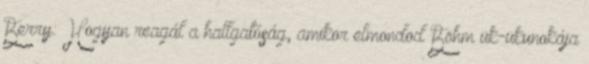
Berry: Hogyan reagál a hallgatóság, amikor elmondod Böhm ük-ükunokája